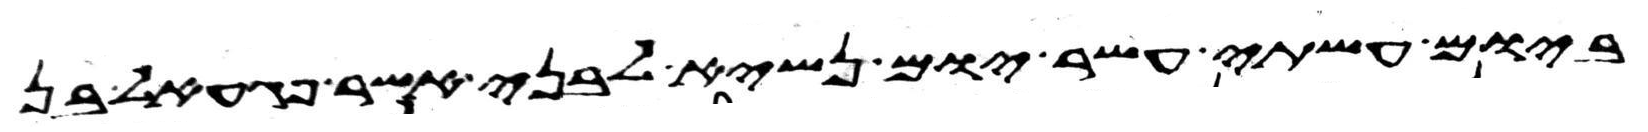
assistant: ביום עשתי עשר יום נשיא לבני אשר פגעאל בן